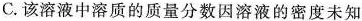
C.该溶液中溶质的质量分数因溶液的密度未知